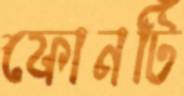
ফোনটি